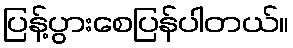
ပြန့်ပွားစေပြန်ပါတယ်။